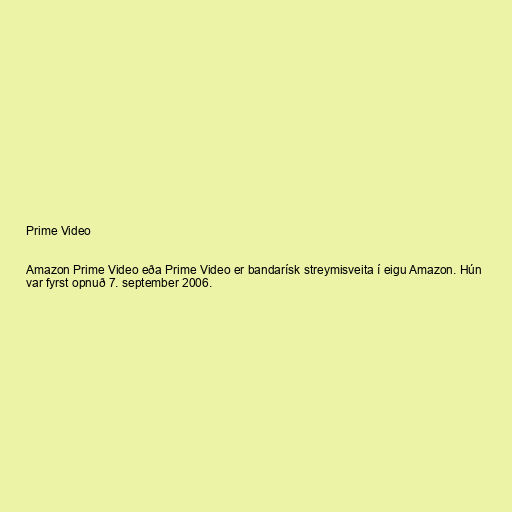
Prime Video

Amazon Prime Video eða Prime Video er bandarísk streymisveita í eigu Amazon. Hún
var fyrst opnuð 7. september 2006.